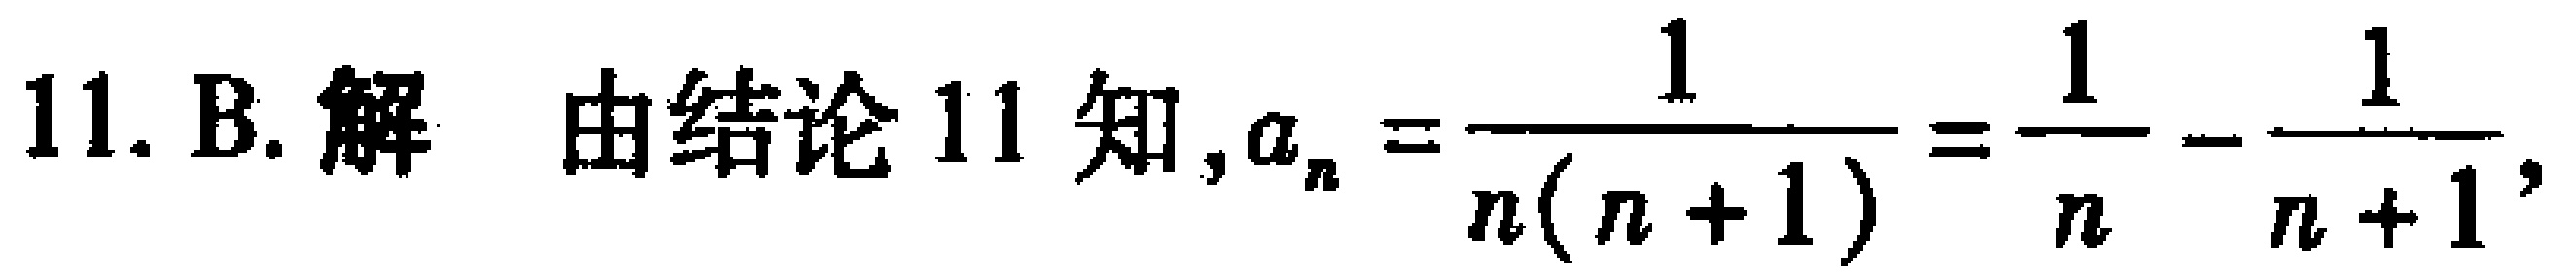
11. B. 解 由结论 11 知,$a_{n}=\frac{1}{n(n + 1)}=\frac{1}{n}-\frac{1}{n + 1}$,